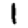
Digit: 1